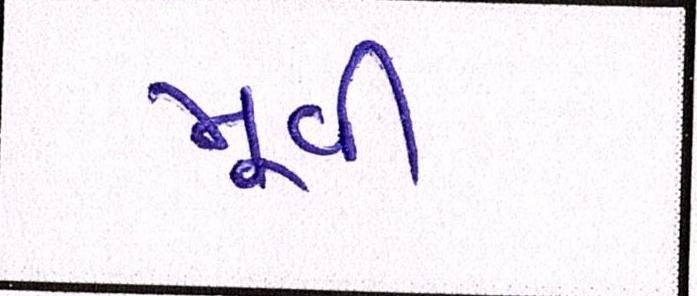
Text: મૂવી